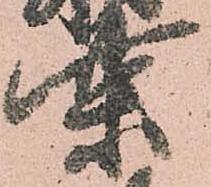
柴